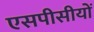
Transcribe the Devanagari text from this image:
एसपीसीयों